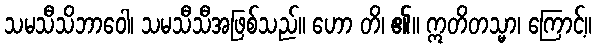
သမသီသိဘာဝေါ၊ သမသီသီအဖြစ်သည်။ ဟော တိ၊ ၏။ ဣတိတသ္မာ၊ ကြောင့်။